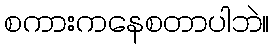
စကားကနေစတာပါဘဲ။